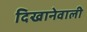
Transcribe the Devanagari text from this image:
दिखानेवाली